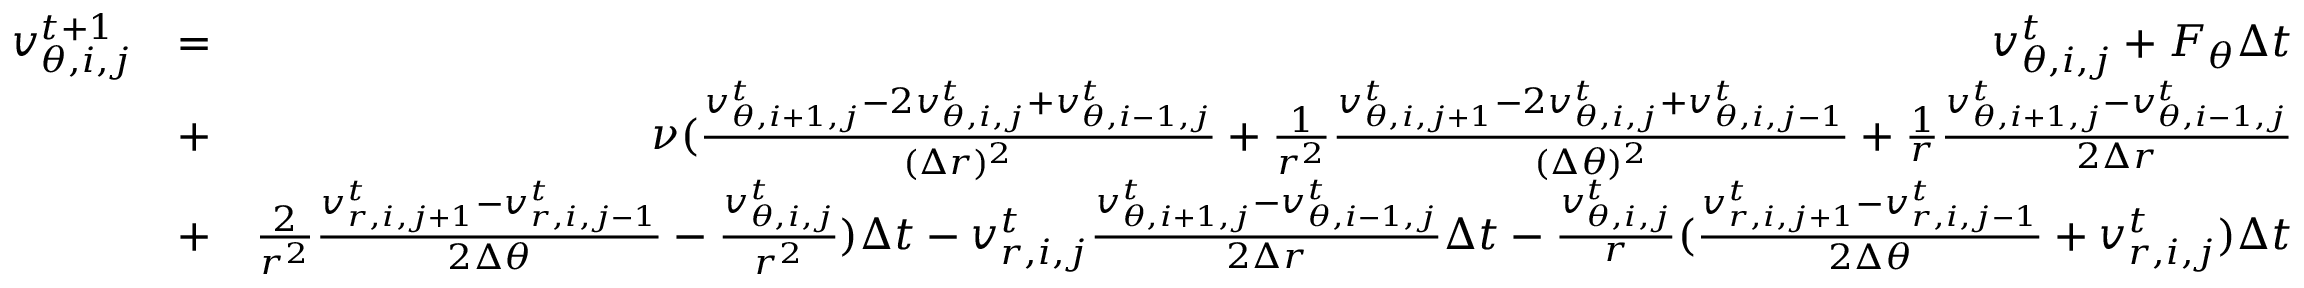
\begin{array} { r l r } { v _ { \theta , i , j } ^ { t + 1 } } & { = } & { v _ { \theta , i , j } ^ { t } + F _ { \theta } \Delta t } \\ & { + } & { \nu ( \frac { v _ { \theta , i + 1 , j } ^ { t } - 2 v _ { \theta , i , j } ^ { t } + v _ { \theta , i - 1 , j } ^ { t } } { ( \Delta r ) ^ { 2 } } + \frac { 1 } { r ^ { 2 } } \frac { v _ { \theta , i , j + 1 } ^ { t } - 2 v _ { \theta , i , j } ^ { t } + v _ { \theta , i , j - 1 } ^ { t } } { ( \Delta \theta ) ^ { 2 } } + \frac { 1 } { r } \frac { v _ { \theta , i + 1 , j } ^ { t } - v _ { \theta , i - 1 , j } ^ { t } } { 2 \Delta r } } \\ & { + } & { \frac { 2 } { r ^ { 2 } } \frac { v _ { r , i , j + 1 } ^ { t } - v _ { r , i , j - 1 } ^ { t } } { 2 \Delta \theta } - \frac { v _ { \theta , i , j } ^ { t } } { r ^ { 2 } } ) \Delta t - v _ { r , i , j } ^ { t } \frac { v _ { \theta , i + 1 , j } ^ { t } - v _ { \theta , i - 1 , j } ^ { t } } { 2 \Delta r } \Delta t - \frac { v _ { \theta , i , j } ^ { t } } { r } ( \frac { v _ { r , i , j + 1 } ^ { t } - v _ { r , i , j - 1 } ^ { t } } { 2 \Delta \theta } + v _ { r , i , j } ^ { t } ) \Delta t } \end{array}